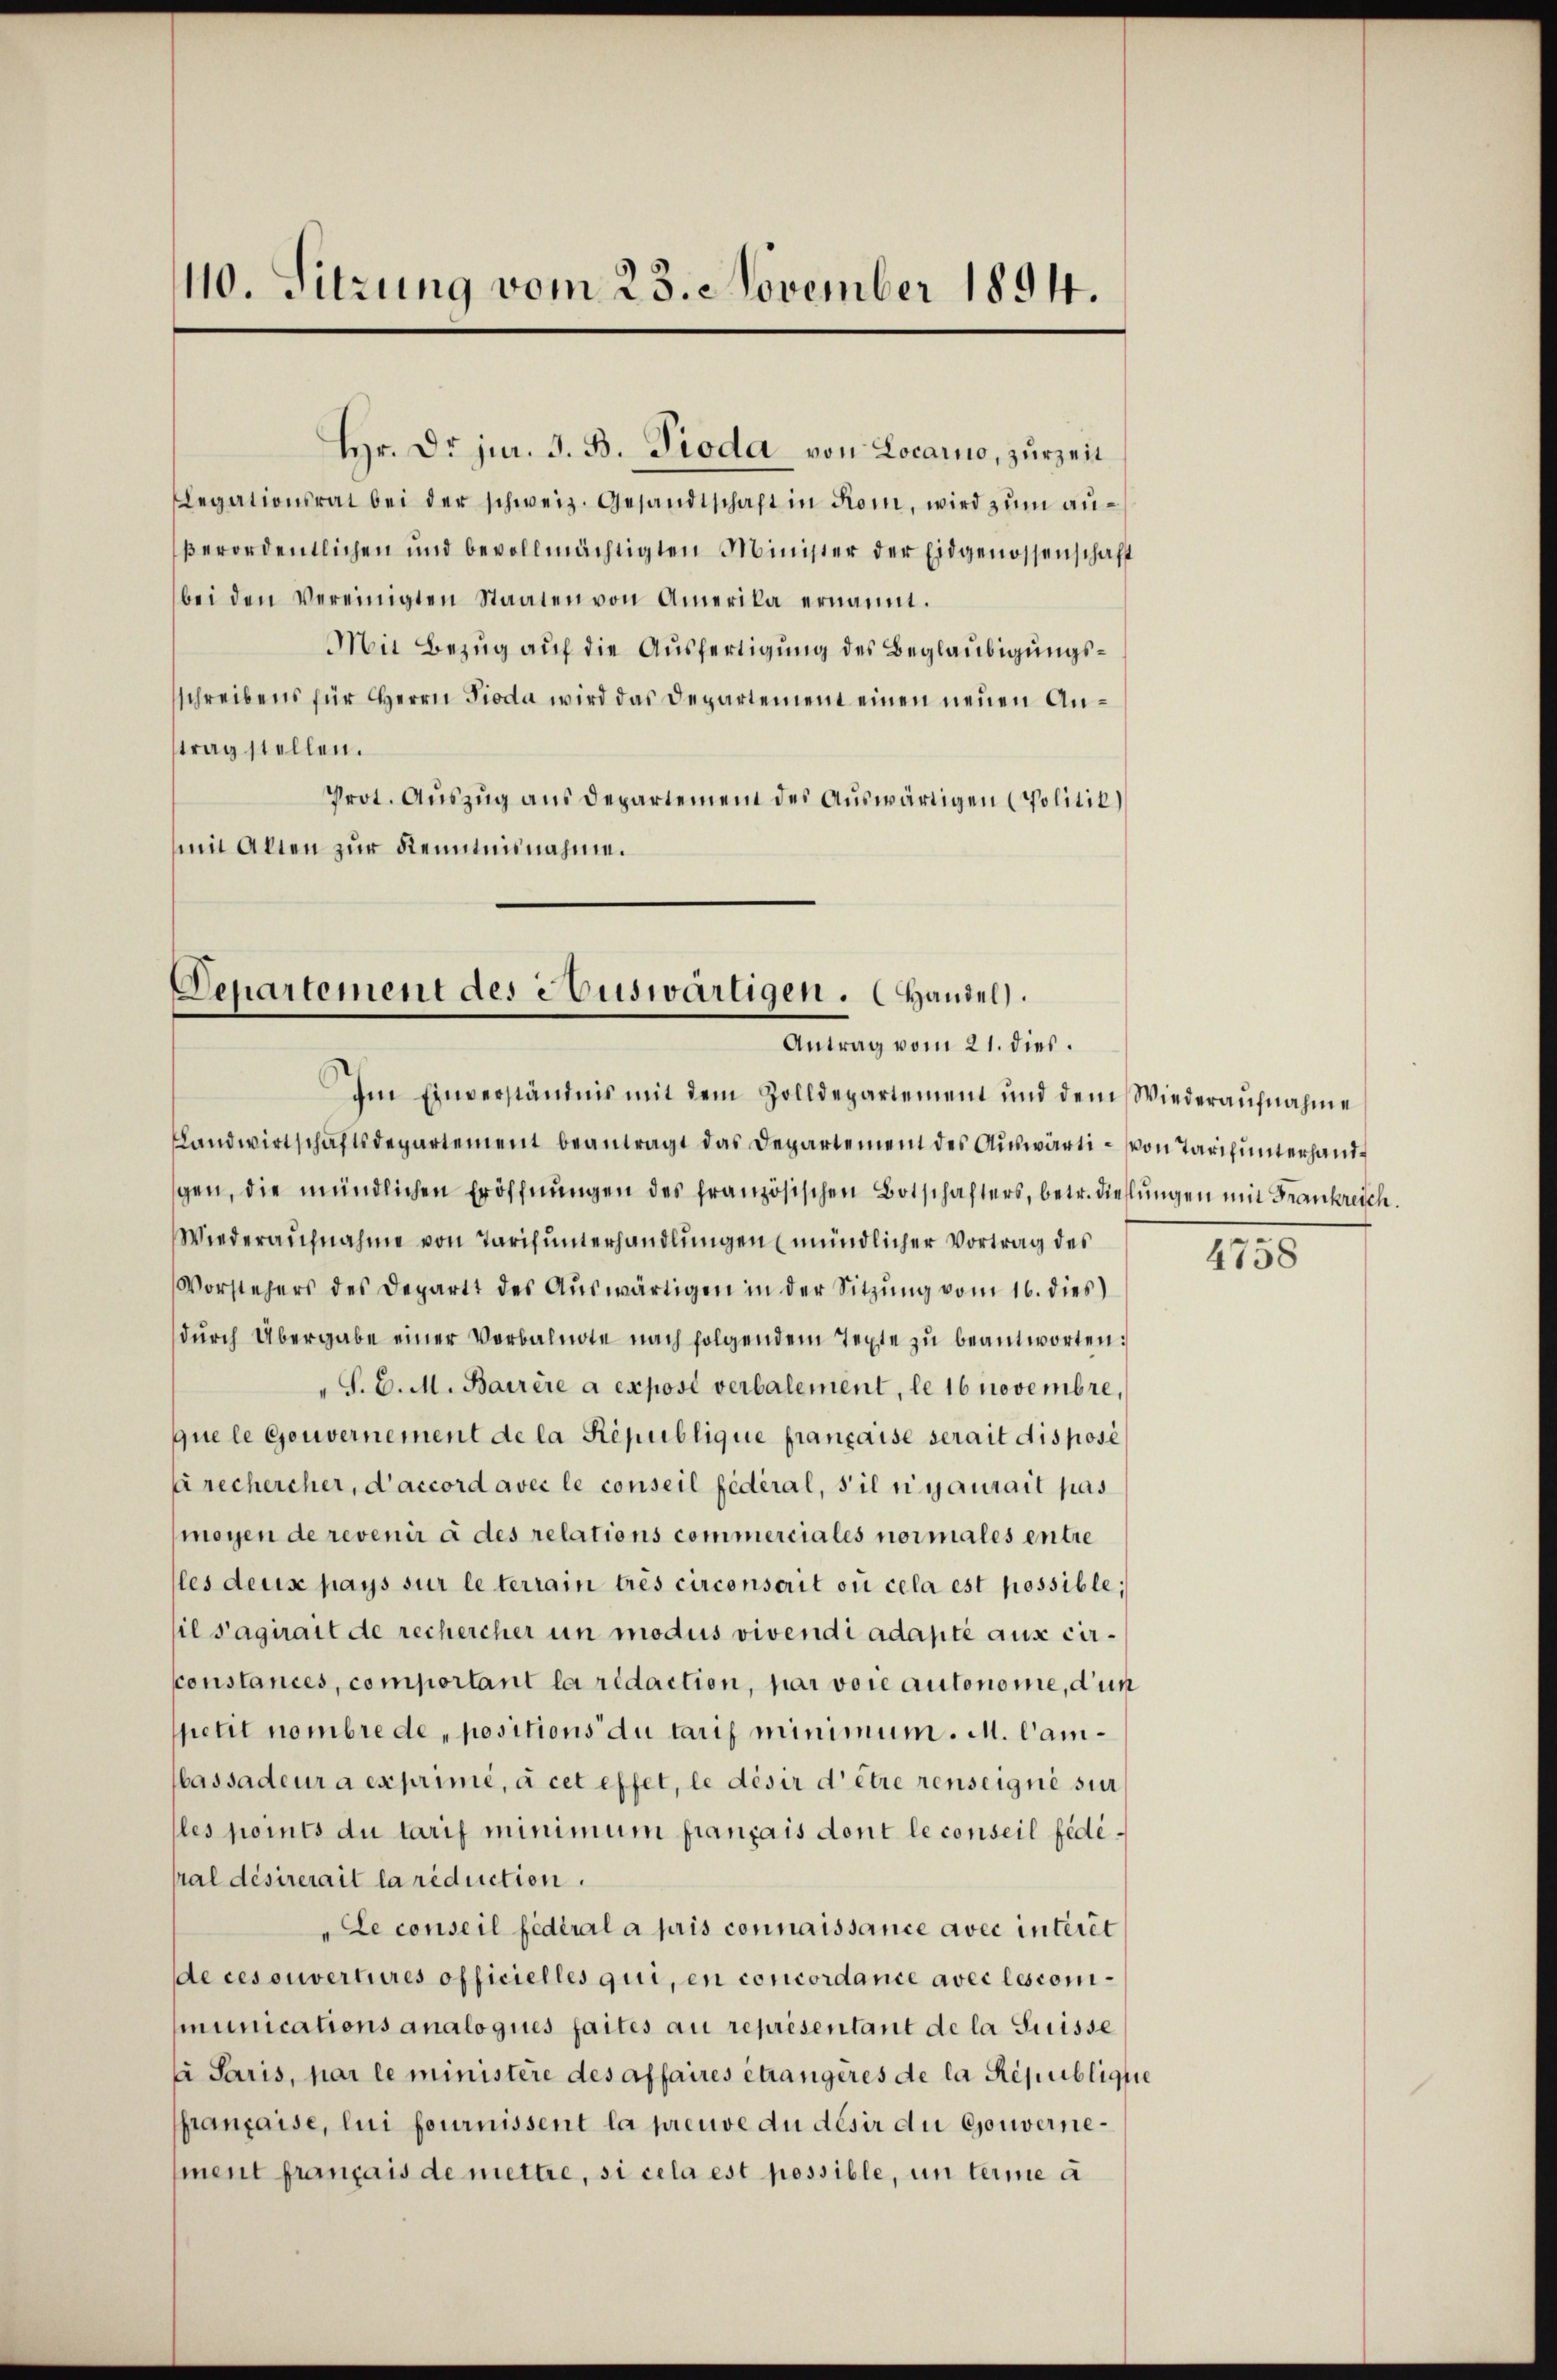
110. Sitzung vom 23. November 1894.

Legationsrat bei der schweiz. Gesandtschaft in Kom, wird zŭm anβerordentlichen und bevollmächtigten Minister der Eidgenossenschaft
bei den Vereinigten Staaten von Amerika ernannt.
Mit Bezug auf die Ausfertigung des Beglaubigungsschreibens für Herrn Pioda wird das Departement einen neuen Antrag stellen.
Prot. Auszug aus Departement des Auswärtigen (Politic)
mit Alten zur Kenntnisnahme.

Hr. Dr. jur. J. B. Pioda von Locarno, zurzeit

Departement des e buswärtigen . Handel.
Antrag vom 21. dies.

Im Einverständnis mit dem Zolldepartement und dem Wiederaufnahme
Landwirtschaftsdepartement beantragt das Departement des Aŭswärti - von Tarifunterhandgen, die mündlichen Eröffnungen des französischen Botschafters, betr. diessungen mit Frankreich.
Wiederaufnahme von Tarifunterhandlungen mündlicher Vortrag des
Vorstehers des Departt des Aŭswärtigen in der Sitzung vom 16. dies
dŭrch Übergabe einer Verbalnote nach folgendem Texte zŭ beantworten:
"S. C. M. Bairère a exposi verbalement, le 16 Novembre,
que le Gouvernement de la République française serait disposé
frechercher, d’accord avec le conseil fédéral, s’il ni aurait pas
moyen de revenir à des relations commerciales normales entre
(les deus pays sur le terrain trés circonserit ou cela est possible;
il s’agirait de rechercher un modus vivendi adapté aux cirsconstances, comportant la ridaction, par voie autonome, dun
petit nombre de positions du tarif minimum. M. Cambassadeur a exprimé, à cet effet, le désir d’être renseigne sur
lles points du tarif minimum français dont le conseil fédéral désirerait la réduction.
Le conseil fédéral a pris connaissance avec interet
de ces ouvertures officielles qui, en concordance avec lescomimunications analoques faites au représentant de la Suisse
i Paris, par le ministère des affaires étrangères de la République
prançaise, lui fournissent la preuve du désir du Gouvernement français de mettre, si cela est possible, un terme à

4758